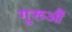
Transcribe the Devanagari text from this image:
गुरूऔं